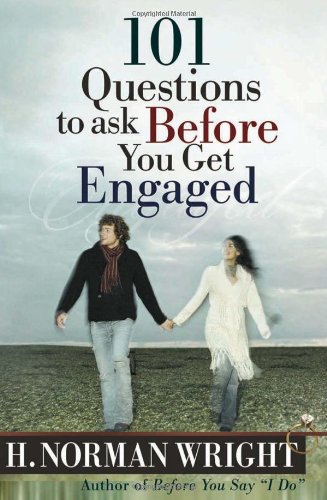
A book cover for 101 Questions to Ask Before You Get Engaged; H. Norman Wright; Parenting & Relationships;